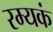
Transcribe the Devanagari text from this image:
रम्यकं